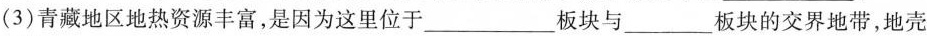
(3)青藏地区地热资源丰富，是因为这里位于___板块与___板块的交界地带，地壳